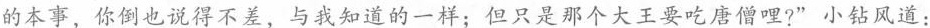
的本事，你倒也说得不差，与我知道的一样；但只是那个大王要吃唐僧哩?”小钻风道：